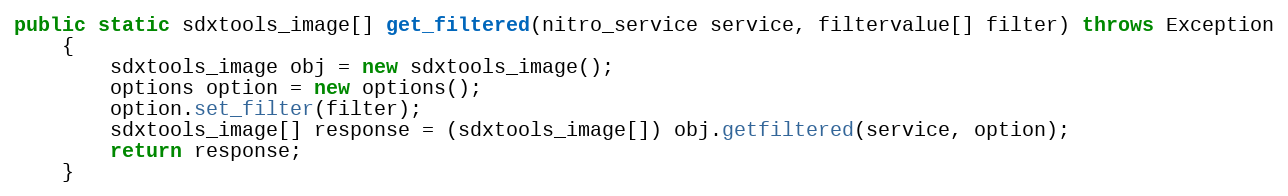
Language: Java
public static sdxtools_image[] get_filtered(nitro_service service, filtervalue[] filter) throws Exception
	{
		sdxtools_image obj = new sdxtools_image();
		options option = new options();
		option.set_filter(filter);
		sdxtools_image[] response = (sdxtools_image[]) obj.getfiltered(service, option);
		return response;
	}